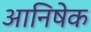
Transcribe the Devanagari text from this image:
आनिषेक